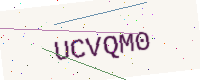
Text: UCVQM0